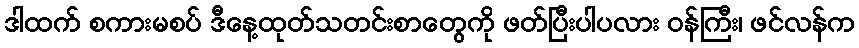
ဒါထက် စကားမစပ် ဒီနေ့ထုတ်သတင်းစာတွေကို ဖတ်ပြီးပါပလား ဝန်ကြီး၊ ဖင်လန်က